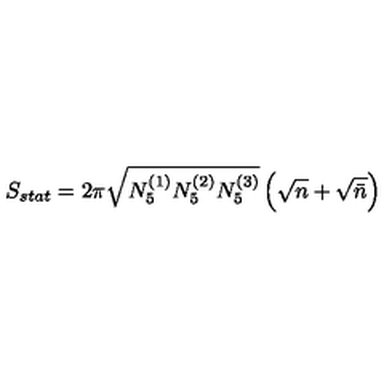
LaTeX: S _ { s t a t } = 2 \pi \sqrt { N _ { 5 } ^ { ( 1 ) } N _ { 5 } ^ { ( 2 ) } N _ { 5 } ^ { ( 3 ) } } \left( \sqrt { n } + \sqrt { \bar { n } } \right)